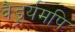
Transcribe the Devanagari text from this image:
वैडूर्यमपि